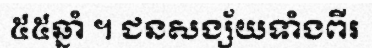
៥៥ឆ្នាំ ។ ជនសង្ស័យទាំងពីរ